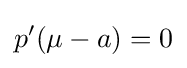
p'(\mu -a)=0